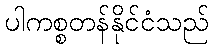
ပါကစ္စတန်နိုင်ငံသည်